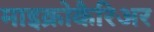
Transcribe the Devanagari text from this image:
माइक्रोकैरिअर